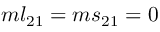
m l _ { 2 1 } = m s _ { 2 1 } = 0